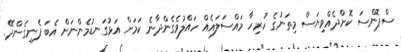
ސްޕޮންސަ ކޮށްދެއްވިޔަސް މިތަނުގެ ހުރިހާ މައްސަލައެއް ހައްލުވެގެންދާނެ ކަމަށް އަޅުގަނޑުމެންނަށް އެބަ ފެނިގެންދޭ.